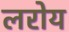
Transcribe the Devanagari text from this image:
लरोय